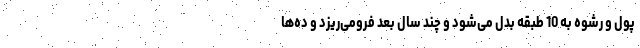
پول و رشوه به 10 طبقه بدل می‌شود و چند سال بعد فرو‌می‌ریزد و ده‌ها